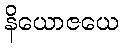
နိယောဇယေ